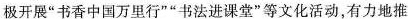
极开展“书香中国万里行”“书法进课堂”等文化活动，有力地推